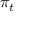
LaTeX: \, \pi _ { t }